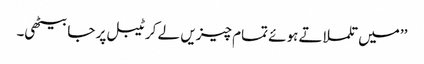
’’میں تلملاتے ہوئے تمام چیزیں لے کر ٹیبل پر جا بیٹھی۔